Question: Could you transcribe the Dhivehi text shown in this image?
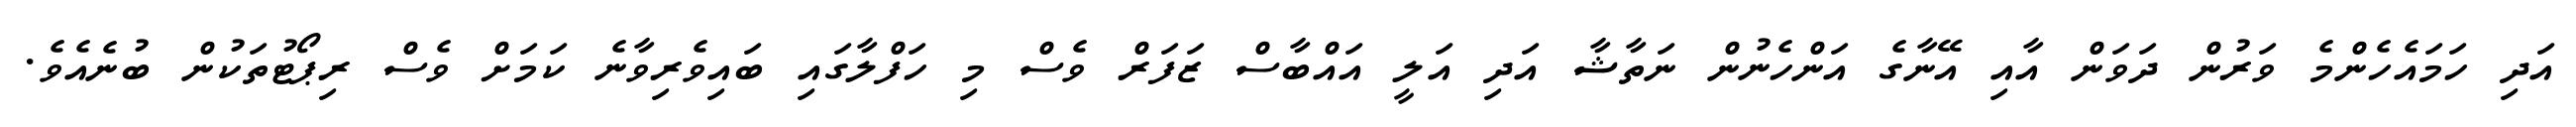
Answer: އަދި ހަމައެހެންމެ ވަރުން ދަވަން އާއި އޭނާގެ އަންހެނުން ނަތާޝާ އަދި އަލީ އައްބާސް ޒަފަރް ވެސް މި ހަފްލާގައި ބައިވެރިވާނެ ކަމަށް ވެސް ރިޕޯޓުތަކުން ބުނެއެވެ.